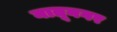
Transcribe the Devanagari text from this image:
नातूनगर